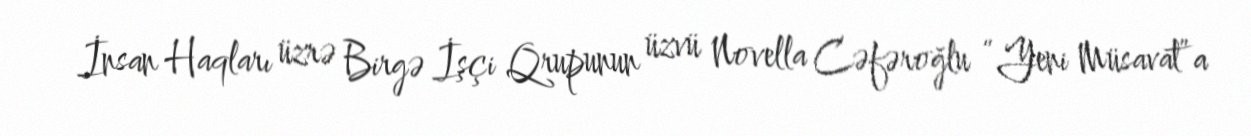
İnsan Haqları üzrə Birgə İşçi Qrupunun üzvü Novella Cəfəroğlu “Yeni Müsavat”a